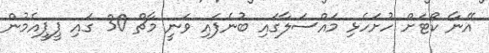
އޭނާ ކޯޓަށް ހުށަހެޅި މައްސަލާގައި ބުނެފައި ވަނީ މާޗް 30 ގައި ޕީޕީއެމުން